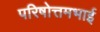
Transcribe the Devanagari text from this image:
परिषोत्तमभाई